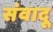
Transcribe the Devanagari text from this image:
संवादू